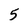
Character: 5